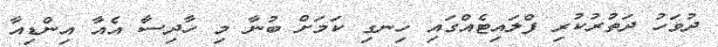
ދުވަހު ދަތުރުކުރި ފްލައިޓެއްގައި ހިނގި ކަމަށް ބުނާ މި ހާދިސާ އެއާ އިންޑިއާ